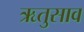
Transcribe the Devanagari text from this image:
ऋतुसाव